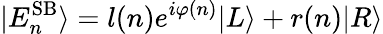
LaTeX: |E_{n}^{\mathrm{SB}}\rangle=l(n)e^{i\varphi(n)}|L\rangle+r(n)|R\rangle